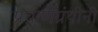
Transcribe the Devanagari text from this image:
प्रघ्राणग्रंथीनी